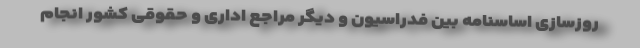
روزسازی اساسنامه بین فدراسیون و دیگر مراجع اداری و حقوقی کشور انجام